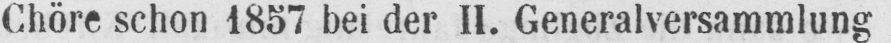
Chöre schon 1857 bei der II. Generalversammlung